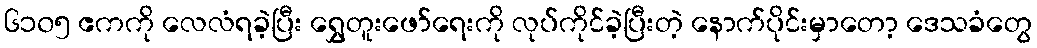
၆၁၀၅ ဧကကို လေလံရခဲ့ပြီး ရွှေတူးဖော်ရေးကို လုပ်ကိုင်ခဲ့ပြီးတဲ့ နောက်ပိုင်းမှာတော့ ဒေသခံတွေ